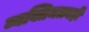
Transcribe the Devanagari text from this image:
व्यक्तिमत्त्वही